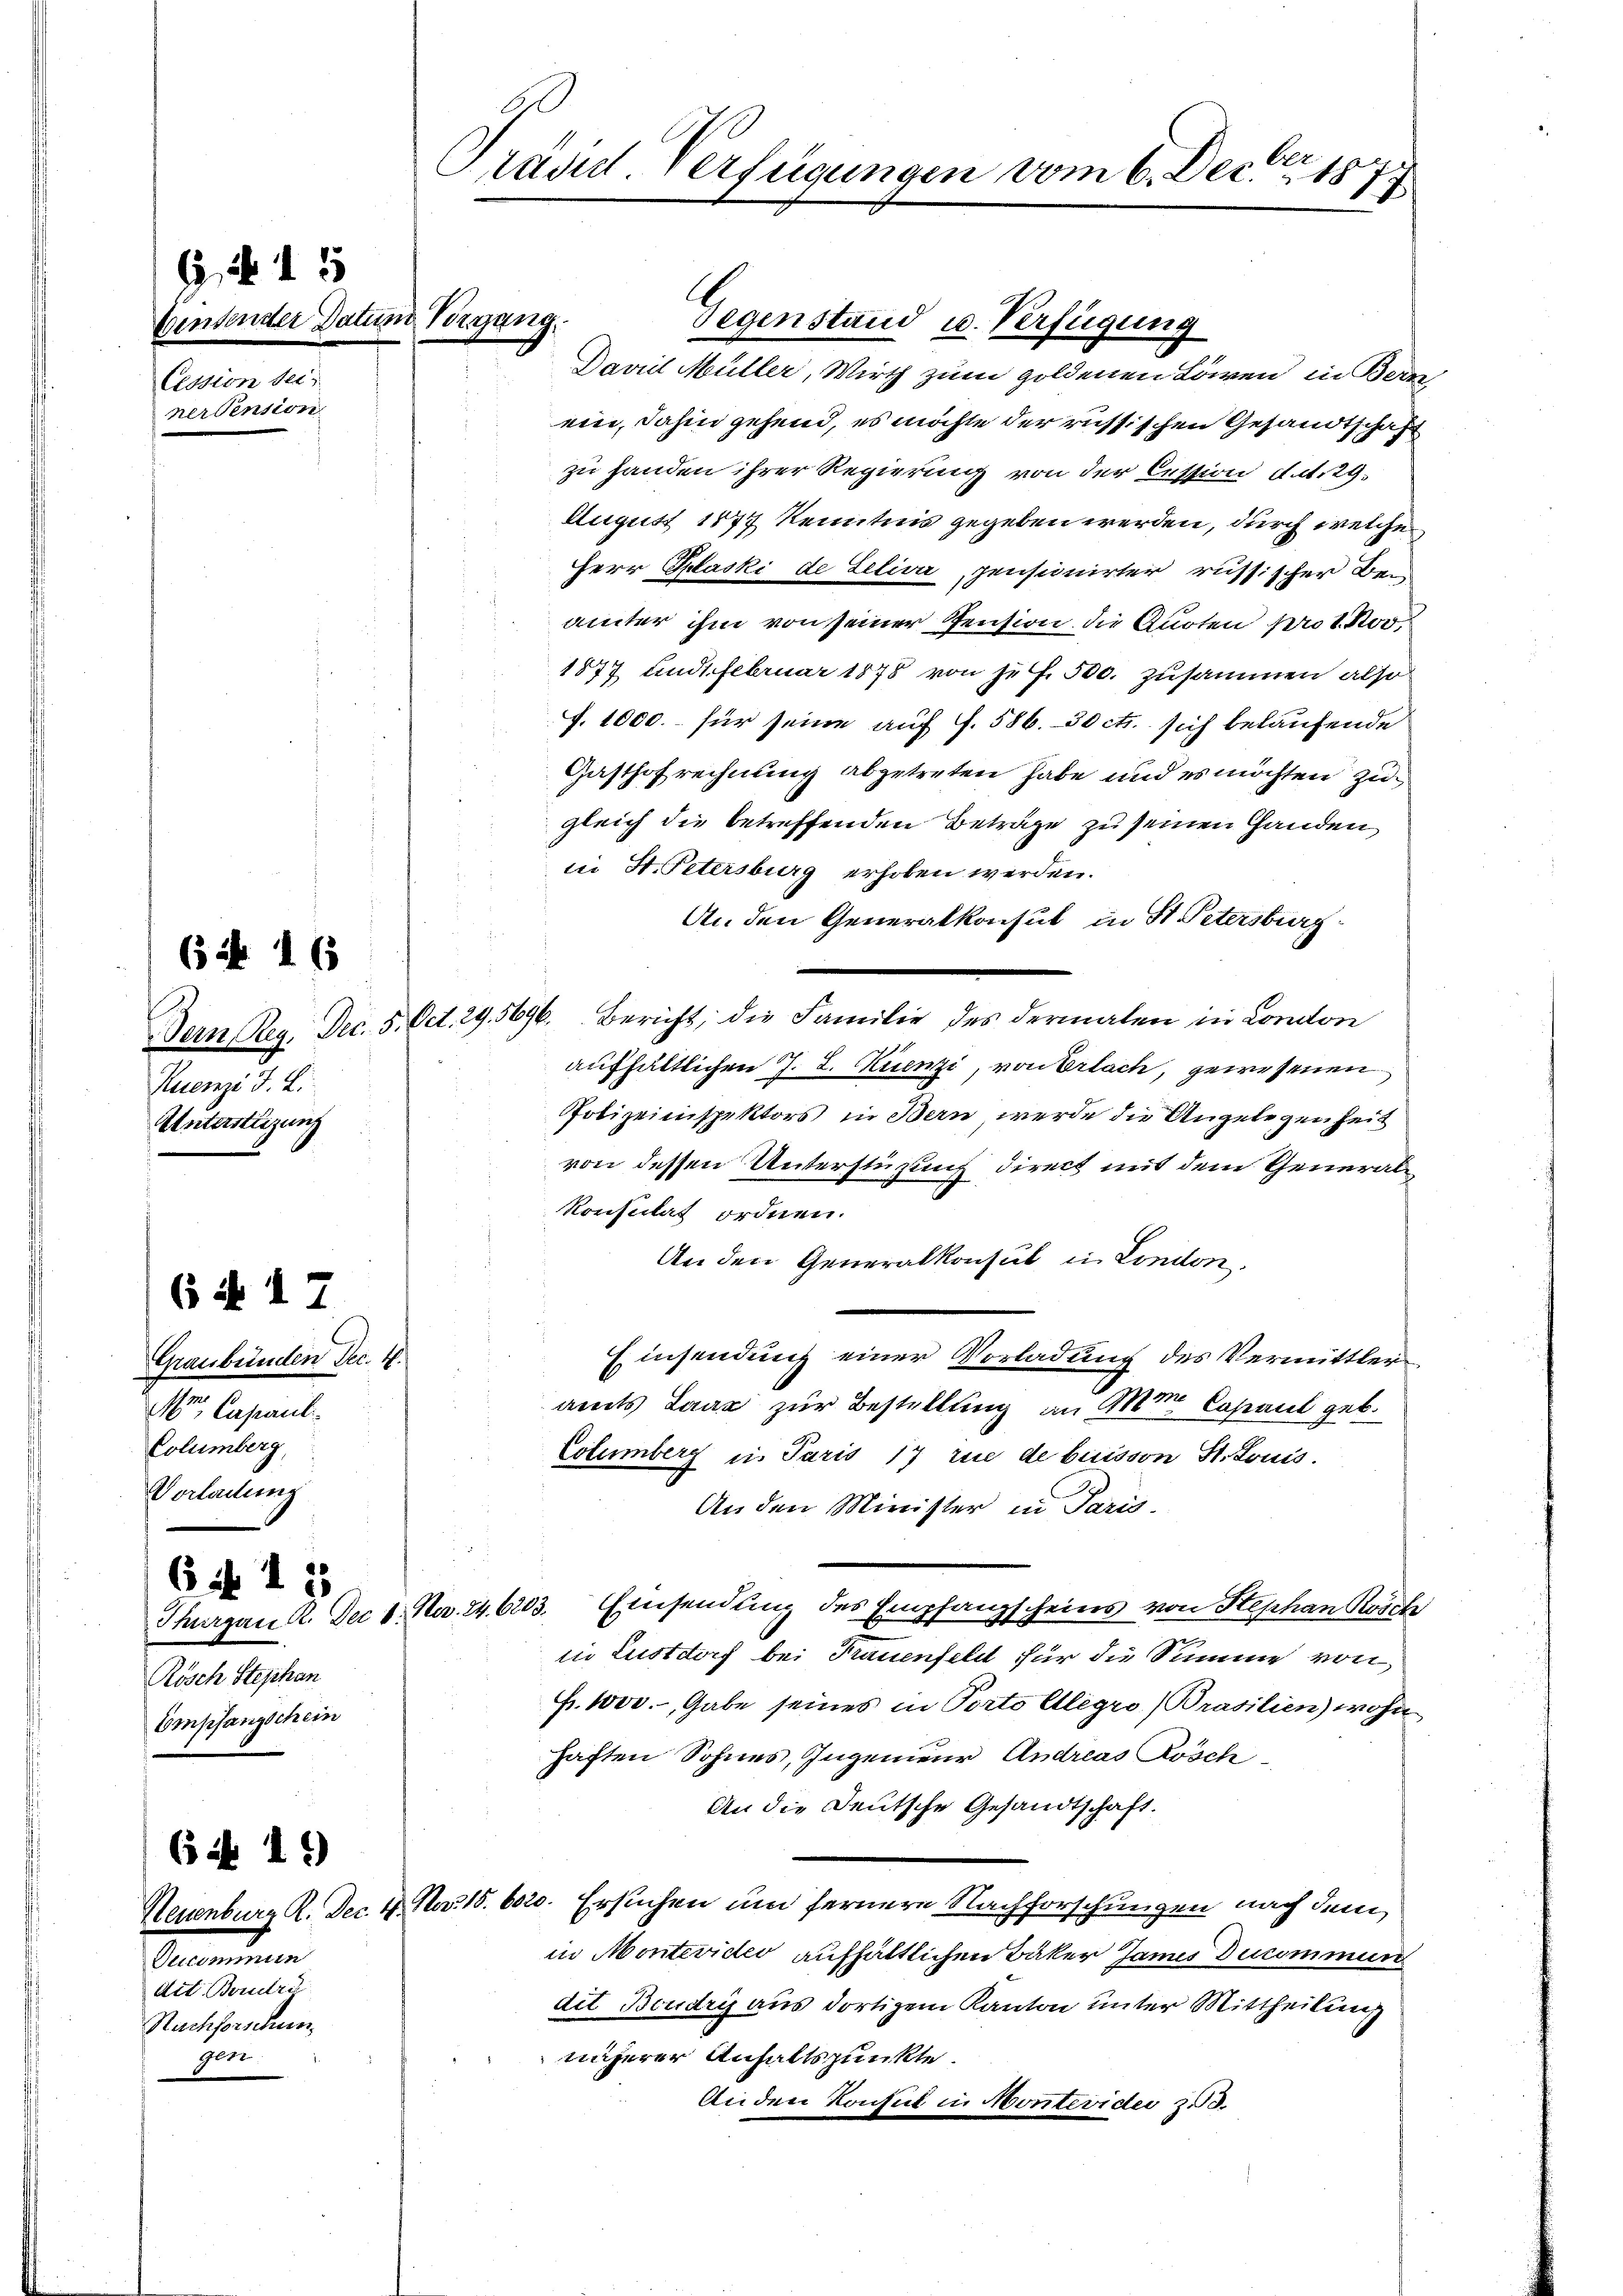
G. 15
Cession bei
ner Pension

(i 16

Ruenzi J. Li
Unterstüzung

6 ff. 17

Graubünden Dec. H.
Mr. Capauli.
Columberg,
Vorladung

6i 15
Rösch Stephan
Empfangschein

6 ist. 11)

Oeicommun
dit. Boudry
Nachforschun
Ger.

Gentender Datum Vorgang.

Präsid. Verfügungen vom 6. Dec. 1879

Gegenstand u. Verfügung
Daviil Müller, Wirth zum goldenen Löwen in Bern
ein, dahin gehend, es möchte der russischen Gesandtschaft
zu handen ihrer Regierung von der Cession d. d. 29.
August 1877 Kenntnis gegeben werden, durch welche
Herr Plaski de Leliva, pensionirter russischer Bei
ämter ihm von seiner Pension die Quoten pro 1. Nov.
1877 und Februar 1878 von je f. 500. zusammen also
. 1000.- für seine auf f. 586. 50 cts. sich belaufende
Gasthofrechnung abgetreten habe und es möchten zu
gleich die betreffenden Betrage zu seinen Handen
in St. Petersburg erhoben werden.
An den Generalkonsul in St. Petersburg
Dern Reg. Dec. 5. Oct. 29. 5696. Bericht, die Familie des dermalen in London
aufhältlichen J. L. Kienzi, von Erlach, gewesenen
Polizeiinspektors in Bern, werde die Angelegenheit
von dessen Unterstüzung direct mit dem General¬
Konsulat ordnen.
An den Generalkonsul in London
Einsendung einer Vorladung des Vermittleramts Lanz zur Bestellung an Mr. Capaul geb.
Columberg in Paris 17 rue de buisson St. Louis.
An den Minister in Paris.
Thurgau K. Dec 1. No. 24. 6203. Einsendung des Empfangscheins von Hephan Kösch
tie Lustdorf bei Frauenfellt für die Summe von
Fr. 1000.-, Gabe seines in Porto elegro (Brasilien) wohn
haften Sohnes, Ingenieur Andreas Kösch
An die Deutsche Gesandtschaft.
Neuenburg R. Dec. 4. Nov. 15. 6020. Ersuchen um fernere Nachforschungen nach dem
in Montevideo aufhältlichen Bäker James Ducommun
dit Boudry aus dortigem Kanton unter Mittheilung
unserer Anhaltspunkte.
Anden Konsul in Montevider z. d.